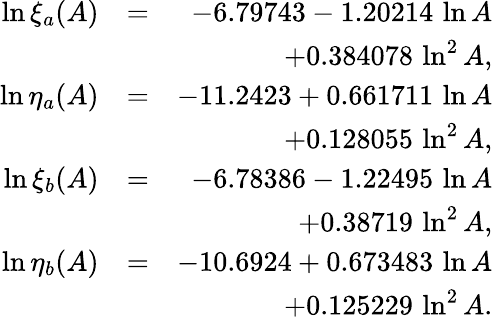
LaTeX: \begin{array}{rlr}{\ln\xi_{a}(A)}&{=}&{-6.79743-1.20214\, \ln A}\\ &{}&{+0.384078\, \ln^{2}A,}\\ {\ln\eta_{a}(A)}&{=}&{-11.2423+0.661711\, \ln A}\\ &{}&{+0.128055\, \ln^{2}A,}\\ {\ln\xi_{b}(A)}&{=}&{-6.78386-1.22495\, \ln A}\\ &{}&{+0.38719\, \ln^{2}A,}\\ {\ln\eta_{b}(A)}&{=}&{-10.6924+0.673483\, \ln A}\\ &{}&{+0.125229\, \ln^{2}A.}\end{array}